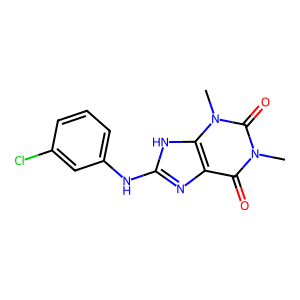
SMILES: Cn1c(=O)c2nc(Nc3cccc(Cl)c3)[nH]c2n(C)c1=O
Inhibits HIV replication: No